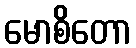
မောစိတော